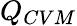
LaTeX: Q_{CVM}